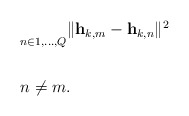
\begin{align*}\begin{aligned}& \underset{n \in {1, \ldots , Q}}{} \| \mathbf{h}_{k,m} - \mathbf{h}_{k,n}\|^2 \\& \\& n \neq m. \\\end{aligned}\end{align*}